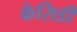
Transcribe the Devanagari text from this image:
केसिडी